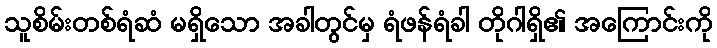
သူစိမ်းတစ်ရံဆံ မရှိသော အခါတွင်မှ ရံဖန်ရံခါ တိုဂါရှိ၏ အကြောင်းကို